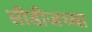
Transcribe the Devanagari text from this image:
सीडीजच्या